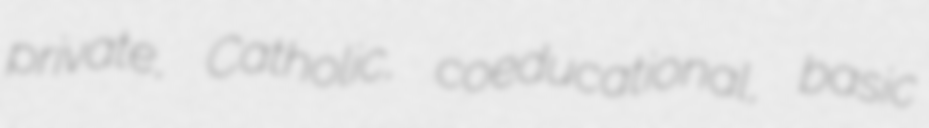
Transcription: private, Catholic, coeducational, basic